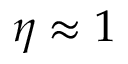
\eta \approx 1